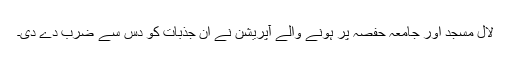
لال مسجد اور جامعہ حفصہ پر ہونے والے آپریشن نے ان جذبات کو دس سے ضرب دے دی۔